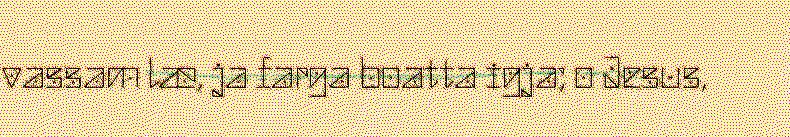
vassam læ, ja farga boatta igja; o Jesus,